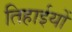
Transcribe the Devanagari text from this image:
तिहाईयों